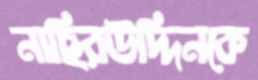
নাছিরউদ্দিনকে